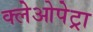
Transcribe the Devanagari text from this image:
क्लेओपेट्रा